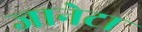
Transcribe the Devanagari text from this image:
जानेटा